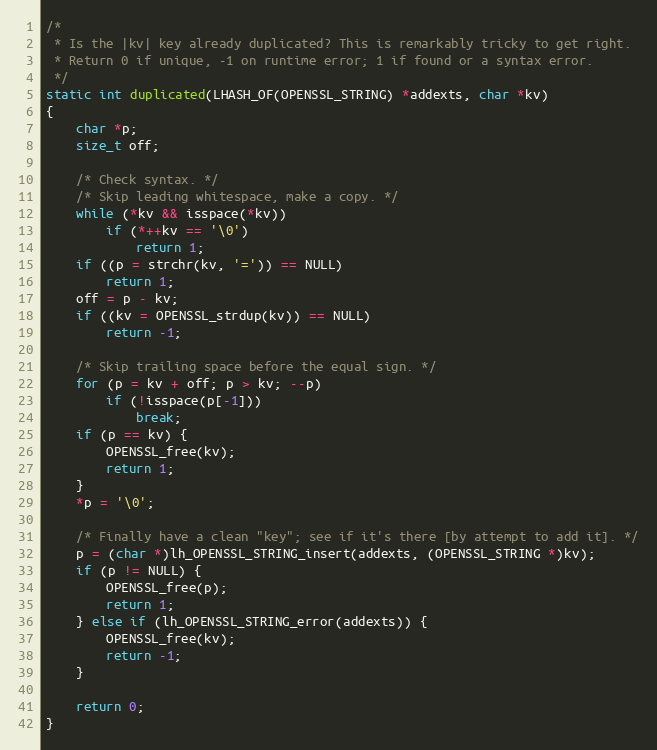
Language: C
/*
 * Is the |kv| key already duplicated? This is remarkably tricky to get right.
 * Return 0 if unique, -1 on runtime error; 1 if found or a syntax error.
 */
static int duplicated(LHASH_OF(OPENSSL_STRING) *addexts, char *kv)
{
    char *p;
    size_t off;

    /* Check syntax. */
    /* Skip leading whitespace, make a copy. */
    while (*kv && isspace(*kv))
        if (*++kv == '\0')
            return 1;
    if ((p = strchr(kv, '=')) == NULL)
        return 1;
    off = p - kv;
    if ((kv = OPENSSL_strdup(kv)) == NULL)
        return -1;

    /* Skip trailing space before the equal sign. */
    for (p = kv + off; p > kv; --p)
        if (!isspace(p[-1]))
            break;
    if (p == kv) {
        OPENSSL_free(kv);
        return 1;
    }
    *p = '\0';

    /* Finally have a clean "key"; see if it's there [by attempt to add it]. */
    p = (char *)lh_OPENSSL_STRING_insert(addexts, (OPENSSL_STRING *)kv);
    if (p != NULL) {
        OPENSSL_free(p);
        return 1;
    } else if (lh_OPENSSL_STRING_error(addexts)) {
        OPENSSL_free(kv);
        return -1;
    }

    return 0;
}